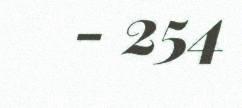
- 254